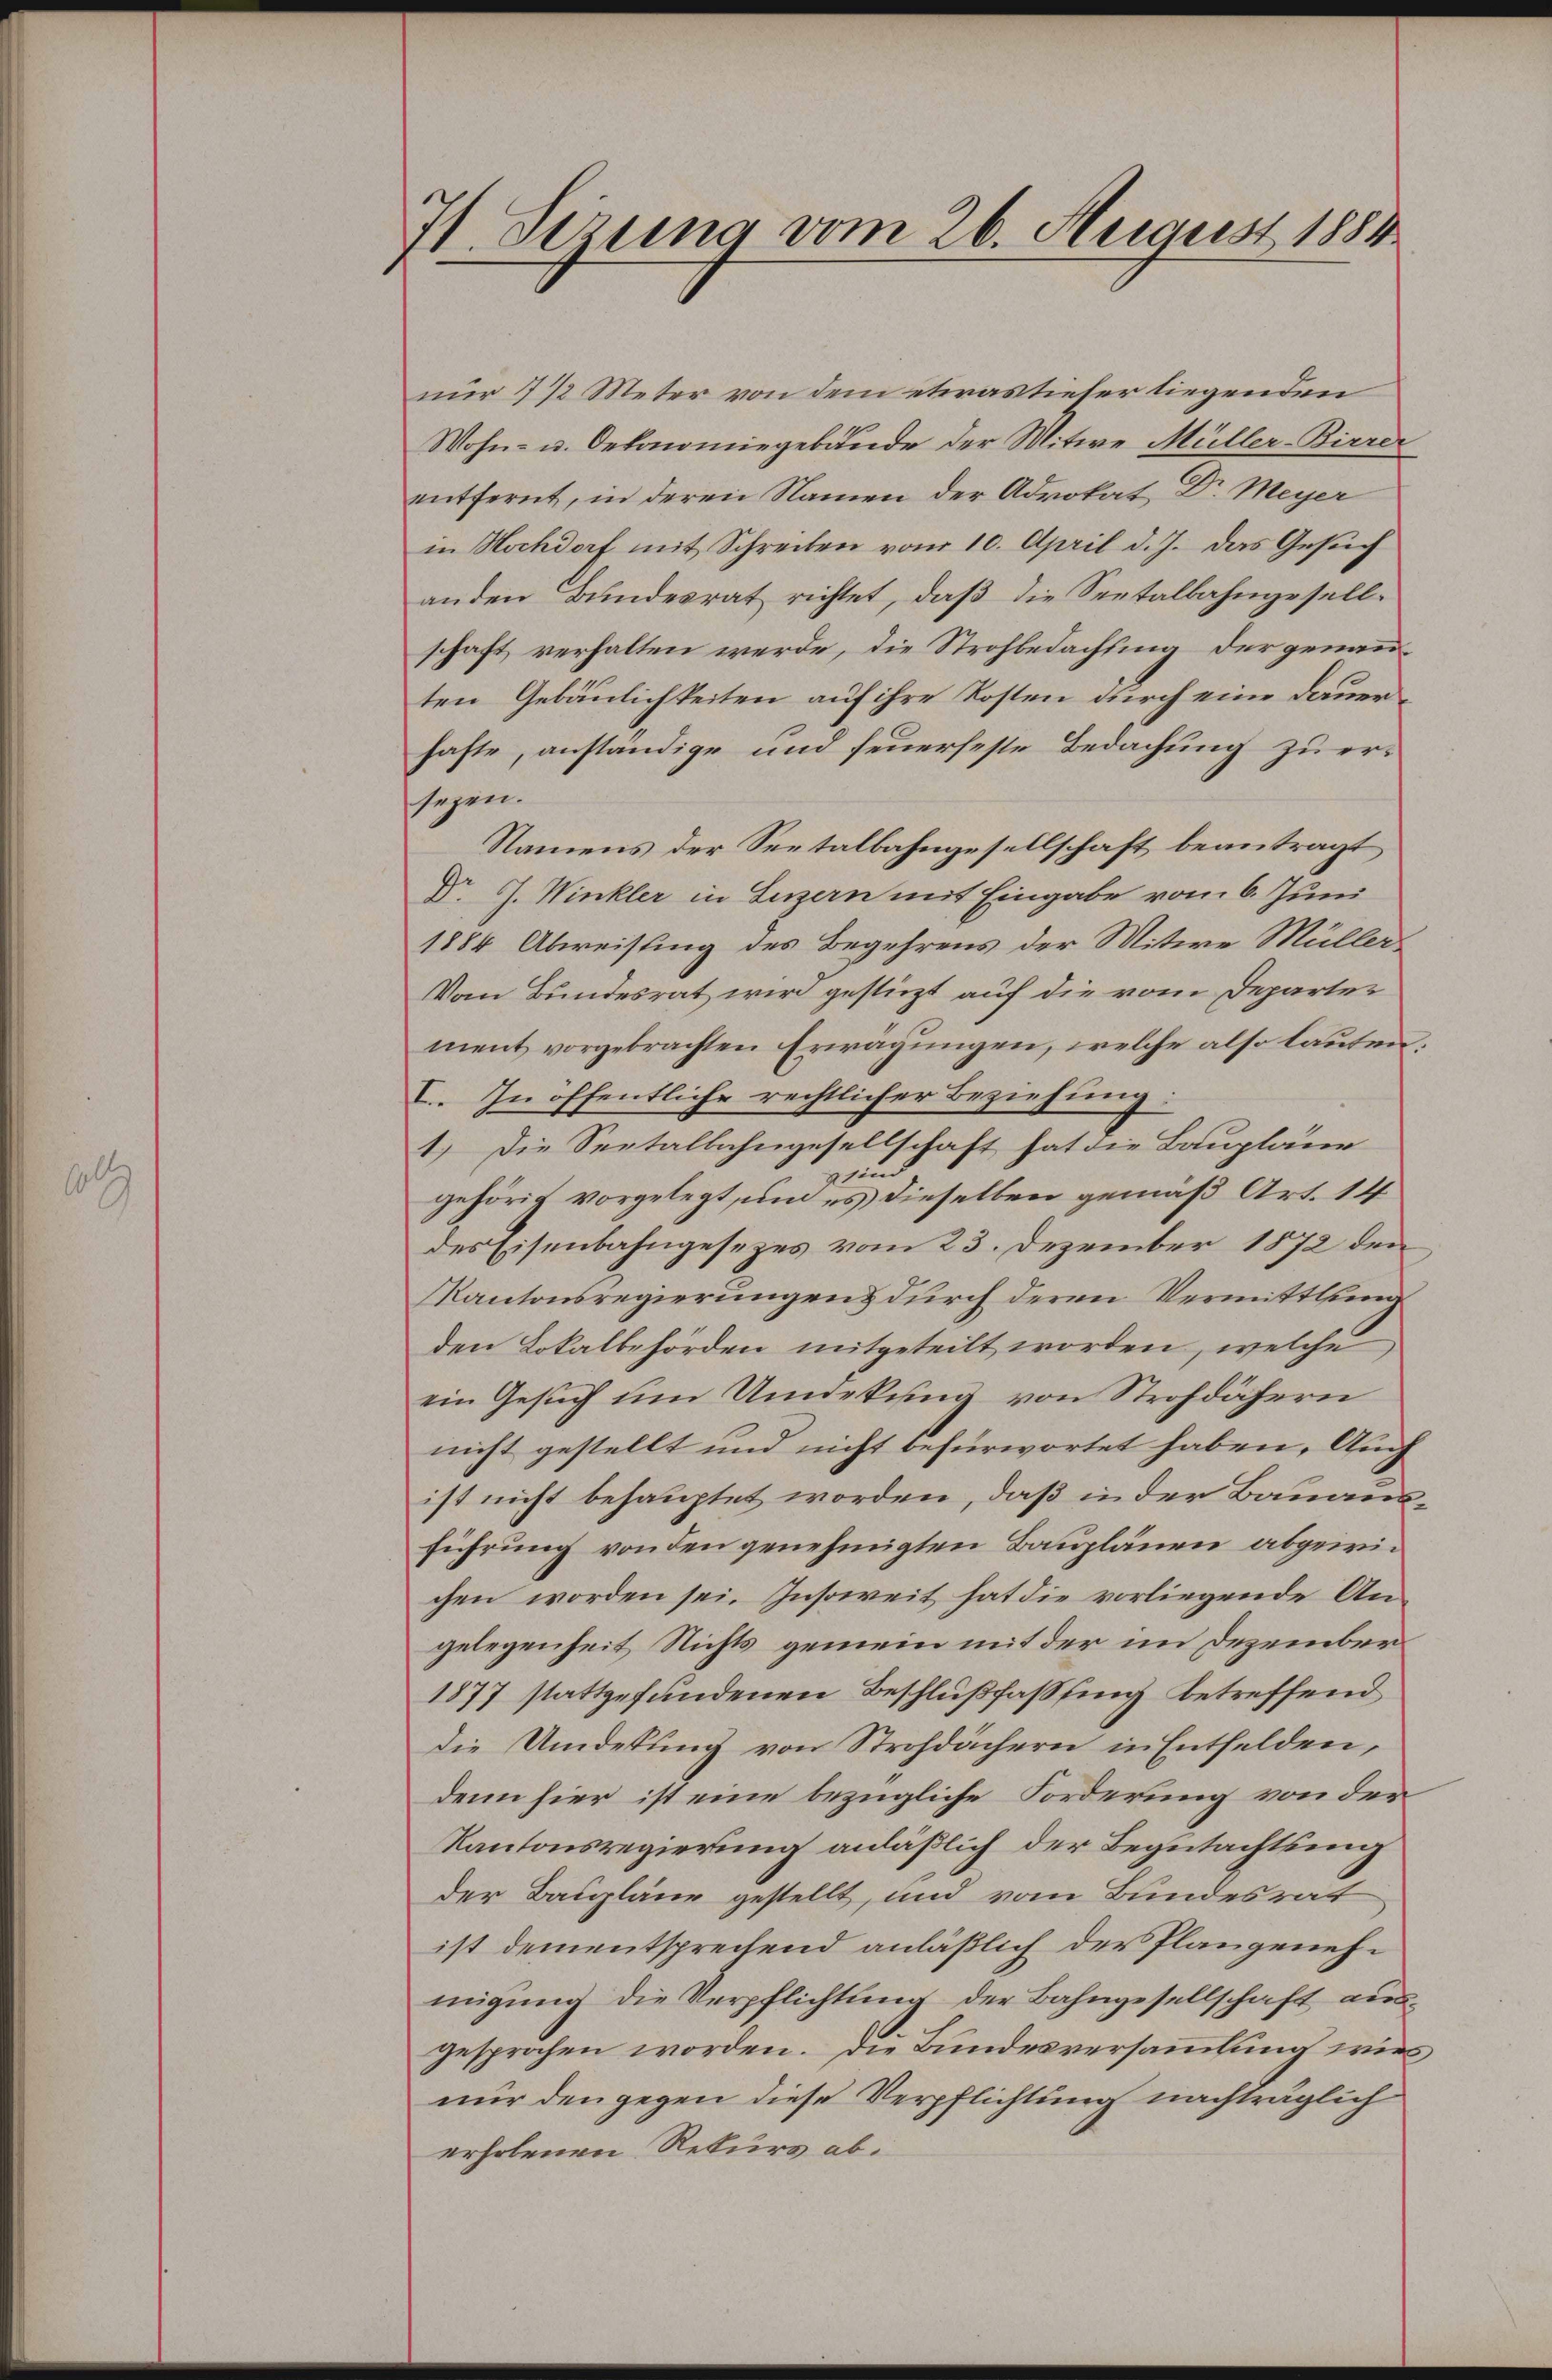
H Sizung vom 26. August 1884

nur 1 1/2 Meter von dem etwas tiefer liegenden
Wohn- u. Oekonomiegebunde der Mitwe Müller-Birrer
entfernt, in deren Namen der Advokat Dr. Meyer
in Hochdorf mit Schreiben vom 10. April d. J. das Gesuch
anden Bundesrat richtet, daß die Seetalbahngesellschaft verhalten werde, die Strohbedachung der genannten Gebäulichkeiten auf ihre Kosten durch eine Dauerhafte, anständige und feuerfeste Bedachung zu ersezen.
Namens der Seetalbahngesellschaft beantragt
Dr. G. Winkler in Luzern mit Eingabe vom 6. Juni
1884 Abweisung des Begehrens der Mitere Müller
Vom Bundesrat wird gestürzt auf die vom Departer
ment vorgebrachten Erwägungen, welche also lauten;
I. In öffentliche rechtlicher Beziehung.
1.) Die Seetalbahngesellschaft hat die Baupläne
und
gehörig vorgelegt, um es dieselben gemäß Art. 14
des Eisenbahngesezes vom 23. Dezember 1872 den
KKantonsregierungens durch deren Vermittlung
den Lokalbehörden mitgeteilt worden, welche
ein Gesuch um Unekung von Strohdähern
nicht gestellt und nicht befürwortet haben, Aug
ist nicht behauptet worden, daß in der Bauausführung von den genehmigten Bauplänen abgewichen worden sei. Insoweit hat die vorliegende Angelegenheit Nichts gemein mit der im Dezember
1877 stattgefundenen Beschlußfassung betreffend
die Umdekung von Strohdächern in Entfelden,
denn hier ist eine bezügliche Forderung von der
Kantonsregierung anläßlich der Begutachtung
der Baupläne gestellt, und vom Bundesrat
ist dementsprechend anläßlich der Plangenehmigung die Verpflichtung der Bahngesellschaft ausgesprochen worden. Die Bundesversammlung wies
nur den gegen diese Verpflichtung nachträglich
erholenen Rekurs ab.